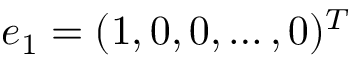
e _ { 1 } = ( 1 , 0 , 0 , \ldots , 0 ) ^ { T }